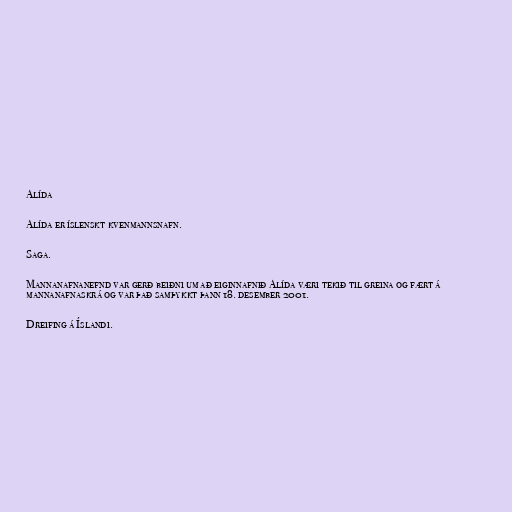
Alída

Alída er íslenskt kvenmannsnafn.

Saga.

Mannanafnanefnd var gerð beiðni um að eiginnafnið Alída væri tekið til greina og fært á
mannanafnaskrá og var það samþykkt þann 18. desember 2001.

Dreifing á Íslandi.